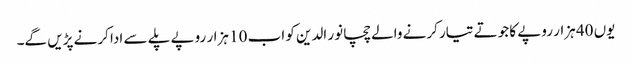
یوں 40 ہزار روپے کا جوتے تیار کرنے والے چچا نور الدین کو اب 10 ہزار روپے پلے سے ادا کرنے پڑیں گے۔